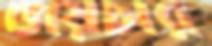
ওয়েটার